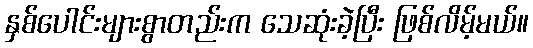
နှစ်ပေါင်းများစွာတည်းက သေဆုံးခဲ့ပြီး ဖြစ်လိမ့်မယ်။